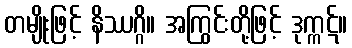
တမျိုးဖြင့် နိဿဂ္ဂိ။ အကြွင်းတို့ဖြင့် ဒုက္ကဋ်။